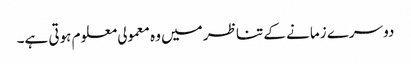
دوسرے زمانے کے تناظر میں وہ معمولی معلوم ہوتی ہے۔